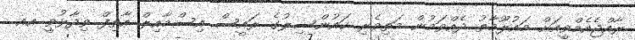
ރާއްޖެއެމްވީއަށް މައުލޫމާތު ދެއްވަމުން މަތިވެރި ކައުންސިލުގެ ރައީސް އިސްމާއިލް އާތިފް ވިދާޅުވީ އއ.